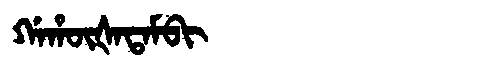
Manchu: ᡤᠠᡥᡡᡧᠠᡨᠠᠮᠪᡳ
Romanization: GAHŪŠATAMBI